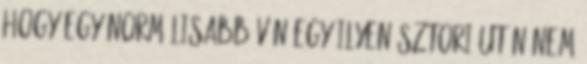
hogy egy normálisabb vén egy ilyen sztori után nem